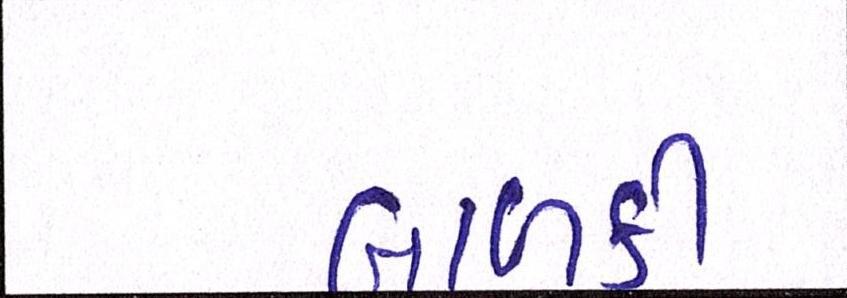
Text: બાળકી